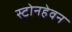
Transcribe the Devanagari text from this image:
स्टोनहेवन